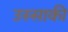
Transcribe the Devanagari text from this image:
उस्साकी